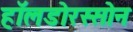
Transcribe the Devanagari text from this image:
हॉलडोरस्सोन